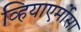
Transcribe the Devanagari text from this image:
व्हियाएर्मोसा